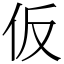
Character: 仮